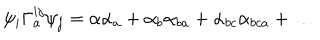
\psi _ { i } \Gamma _ { a } ^ { i j } \psi _ { j } = \alpha \alpha _ { a } + \alpha _ { b } \alpha _ { b a } + \alpha _ { b c } \alpha _ { b c a } + \ldots